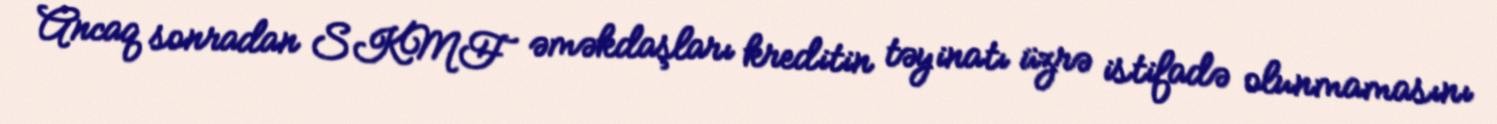
Ancaq sonradan SKMF əməkdaşları kreditin təyinatı üzrə istifadə olunmamasını